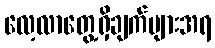
လေ့လာတွေ့ရှိချက်များအရ